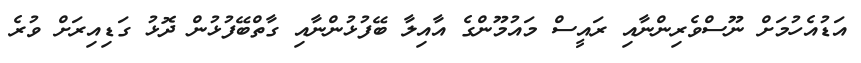
އަޑުއެހުމަށް ނޫސްވެރިންނާއި ރައީސް މައުމޫންގެ އާއިލާ ބޭފުޅުންނާއި ގާތްބޭފުޅުން ދޮޅު ގަޑިއިރަށް ވުރެ